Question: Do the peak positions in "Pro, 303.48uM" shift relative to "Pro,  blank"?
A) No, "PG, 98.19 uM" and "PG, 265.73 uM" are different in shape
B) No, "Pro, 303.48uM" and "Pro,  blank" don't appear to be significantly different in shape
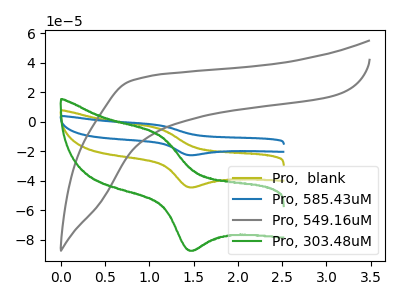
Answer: <think>The olive curve "Pro,  blank" has an anodic peak at (1.10V, -4.50uA) and a cathodic peak at (1.45V, -44.25uA). The blue curve "Pro, 585.43uM" has an anodic peak at (1.10V, -9.00uA) and a cathodic peak at (1.45V, -88.55uA). The gray curve "Pro, 549.16uM" has no peaks. The green curve "Pro, 303.48uM" has an anodic peak at (1.10V, -8.85uA) and a cathodic peak at (1.45V, -87.05uA).
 All the peaks in "Pro, 303.48uM" have a peak in "Pro,  blank" at the same potential.</think>
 <answer>B) No, "Pro, 303.48uM" and "Pro,  blank" don't appear to be significantly different in shape</answer>
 <eval>B</eval>